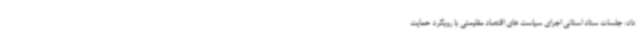
داد: جلسات ستاد استانی اجرای سیاست های اقتصاد مقاومتی با رویکرد حمایت